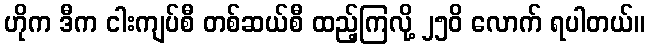
ဟိုက ဒီက ငါးကျပ်စီ တစ်ဆယ်စီ ထည့်ကြလို့ ၂၅၀ိ လောက် ရပါတယ်။